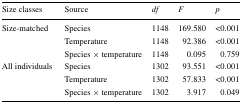
<table><thead><tr><td><b>Size classes</b></td><td><b>Source</b></td><td><b><i>df</i></b></td><td><b><i>F</i></b></td><td><b><i>p</i></b></td></tr></thead><tbody><tr><td>Size-matched</td><td>Species</td><td>1148</td><td>169.580</td><td>&lt;0.001</td></tr><tr><td></td><td>Temperature</td><td>1148</td><td>92.386</td><td>&lt;0.001</td></tr><tr><td></td><td>Species × temperature</td><td>1148</td><td>0.095</td><td>0.759</td></tr><tr><td>All individuals</td><td>Species</td><td>1302</td><td>93.551</td><td>&lt;0.001</td></tr><tr><td></td><td>Temperature</td><td>1302</td><td>57.833</td><td>&lt;0.001</td></tr><tr><td></td><td>Species × temperature</td><td>1302</td><td>3.917</td><td>0.049</td></tr></tbody></table>